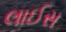
લાઈસ